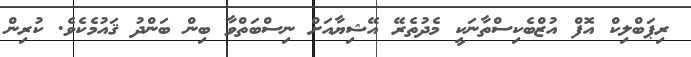
ރިޕަބްލިކް އޮފް އުޒްބެކިސްތާނަކީ މެދުތެރޭ އޭޝިޔާއަށް ނިސްބަތްވާ ބިން ބަންދު ޤައުމެކެވެ. ކުރިން